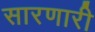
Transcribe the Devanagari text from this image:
सारणारी